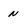
Character: N